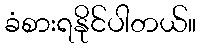
ခံစားရနိုင်ပါတယ်။